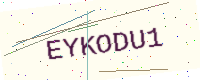
Text: EYKODU1